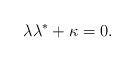
LaTeX: \begin{align*}\lambda\lambda^{\ast}+\kappa=0. \end{align*}